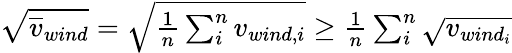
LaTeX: \begin{array}{r}{\sqrt{\overline{{v}}_{wind}}=\sqrt{\frac{1}{n}\sum_{i}^{n}{v_{wind,i}}}\ge\frac{1}{n}\sum_{i}^{n}{\sqrt{v_{wind_{i}}}}}\end{array}